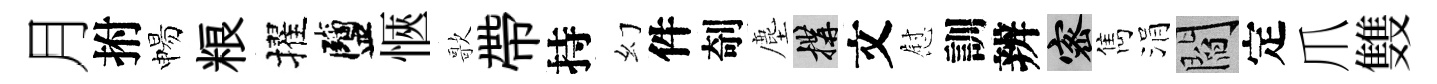
月拊惕粮擢鹽愜歌帶持幻件剞塵構文慰訓辨密雋涓閻定爪䨇